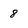
Character: 8